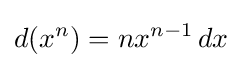
d(x^{n})=nx^{n-1}\,dx